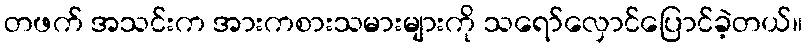
တဖက် အသင်းက အားကစားသမားများကို သရော်လှောင်ပြောင်ခဲ့တယ်။